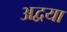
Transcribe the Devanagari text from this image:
अद्वया